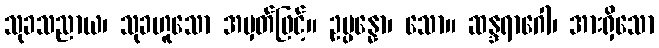
သုခသညာယ၊ သုခဟူသော အမှတ်ဖြင့်။ ဥပ္ပန္နော၊ သော။ ဆန္ဒရာဂေါ၊ အားရှိသော